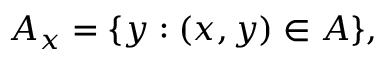
A _ { x } = \{ y : ( x , y ) \in A \} ,